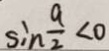
\sin \frac { a } { 2 } < 0